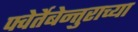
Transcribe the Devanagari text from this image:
फ्वेर्तेबेन्तुराच्या